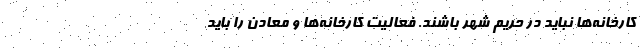
کارخانه‌ها نباید در حریم شهر باشند. فعالیت کارخانه‌ها و معادن را باید